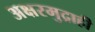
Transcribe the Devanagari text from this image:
अक्षरमुद्राही